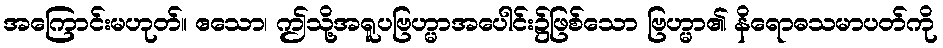
အကြောင်းမဟုတ်။ ဧသော၊ ဤသို့အရူပဗြဟ္မာအပေါင်း၌ဖြစ်သော ဗြဟ္မာ၏ နိရောဓသမာပတ်ကို